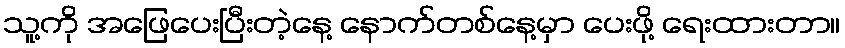
သူ့ကို အဖြေပေးပြီးတဲ့နေ့ နောက်တစ်နေ့မှာ ပေးဖို့ ရေးထားတာ။